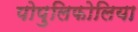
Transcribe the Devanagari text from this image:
पोपुलिफोलिया